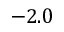
- 2 . 0